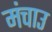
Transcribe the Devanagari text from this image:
मंचाउ